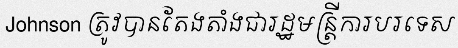
Johnson ត្រូវបានតែងតាំងជារដ្ឋមន្ត្រីការបរទេស